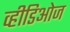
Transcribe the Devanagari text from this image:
व्हीडिओज